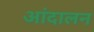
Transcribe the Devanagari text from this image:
आंदालन